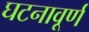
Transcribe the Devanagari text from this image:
घटनावूर्ण